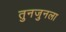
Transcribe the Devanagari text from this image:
तुनजुनला